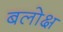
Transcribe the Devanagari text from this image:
बलोक्ष